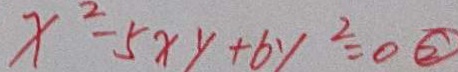
x ^ { 2 } - 5 x y + 6 y ^ { 2 } = 0 \textcircled { 2 }